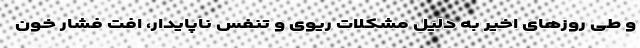
و طی روزهای اخیر به دلیل مشکلات ریوی و تنفس ناپایدار، افت فشار خون